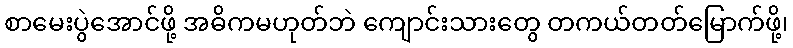
စာမေးပွဲအောင်ဖို့ အဓိကမဟုတ်ဘဲ ကျောင်းသားတွေ တကယ်တတ်မြောက်ဖို့၊